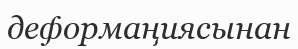
деформаңиясынан